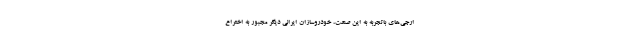
ارجی‌های باتجربه به این صنعت، خودروسازان ایرانی دیگر مجبور به اختراع